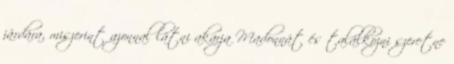
járdára, miszerint azonnal látni akarja Madonnát és találkozni szeretne